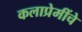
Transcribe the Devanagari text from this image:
कलाप्रेमींचे